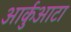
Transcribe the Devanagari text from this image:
आर्कुआटा